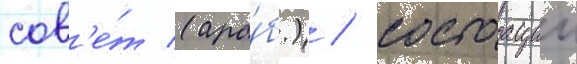
сов'е́т (ара́б.) / состоащии